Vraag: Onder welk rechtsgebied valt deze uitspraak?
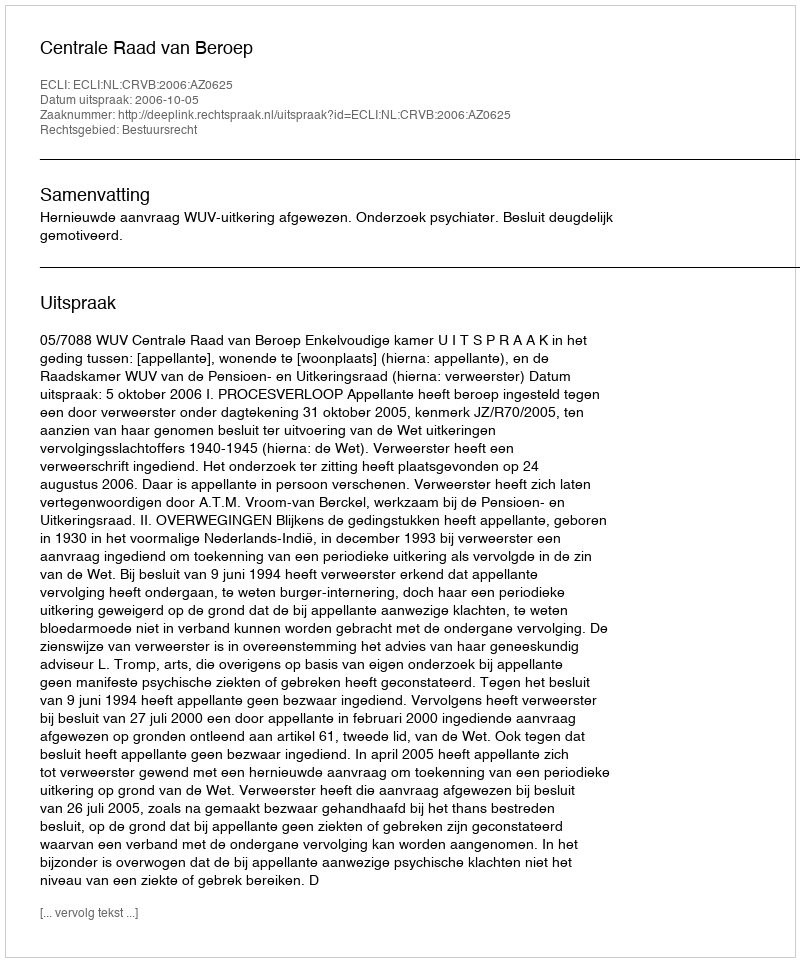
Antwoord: Bestuursrecht